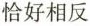
恰好相反